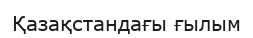
Қазақстандағы ғылым